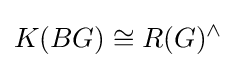
K(BG)\cong R(G)^{\wedge }